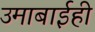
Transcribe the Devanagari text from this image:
उमाबाईही